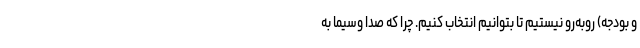
و بودجه) روبه‌رو نیستیم تا بتوانیم انتخاب کنیم. چرا که صدا وسیما به